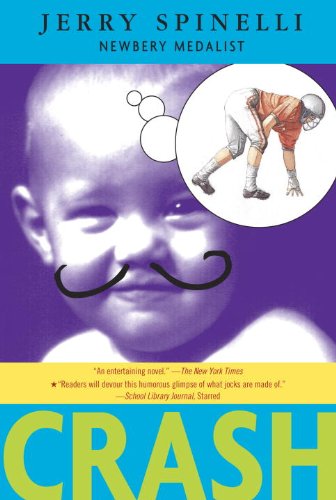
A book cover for Crash; Jerry Spinelli; Teen & Young Adult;